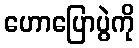
ဟောပြောပွဲကို